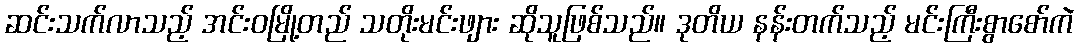
ဆင်းသက်လာသည့် အင်းဝမြို့တည် သတိုးမင်းဖျား ဆိုသူဖြစ်သည်။ ဒုတိယ နန်းတက်သည့် မင်းကြီးစွာစော်ကဲ